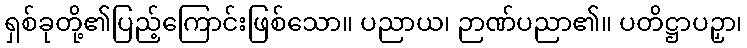
ရှစ်ခုတို့၏ပြည့်ကြောင်းဖြစ်သော။ ပညာယ၊ ဉာဏ်ပညာ၏။ ပတိဋ္ဌာပဉှာ၊